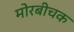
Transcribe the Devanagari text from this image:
मोरबीचक